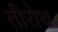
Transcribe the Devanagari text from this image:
तीरोथ